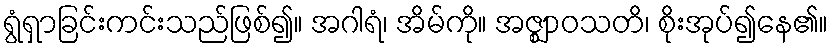
ရွံရှာခြင်းကင်းသည်ဖြစ်၍။ အဂါရံ၊ အိမ်ကို။ အဇ္ဈာဝသတိ၊ စိုးအုပ်၍နေ၏။